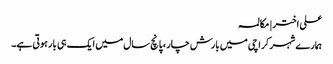
علی اختر | مکالمہ
ہمارے شہر کراچی میں بارش چار ، پانچ سال میں ایک ہی بار ہوتی ہے۔